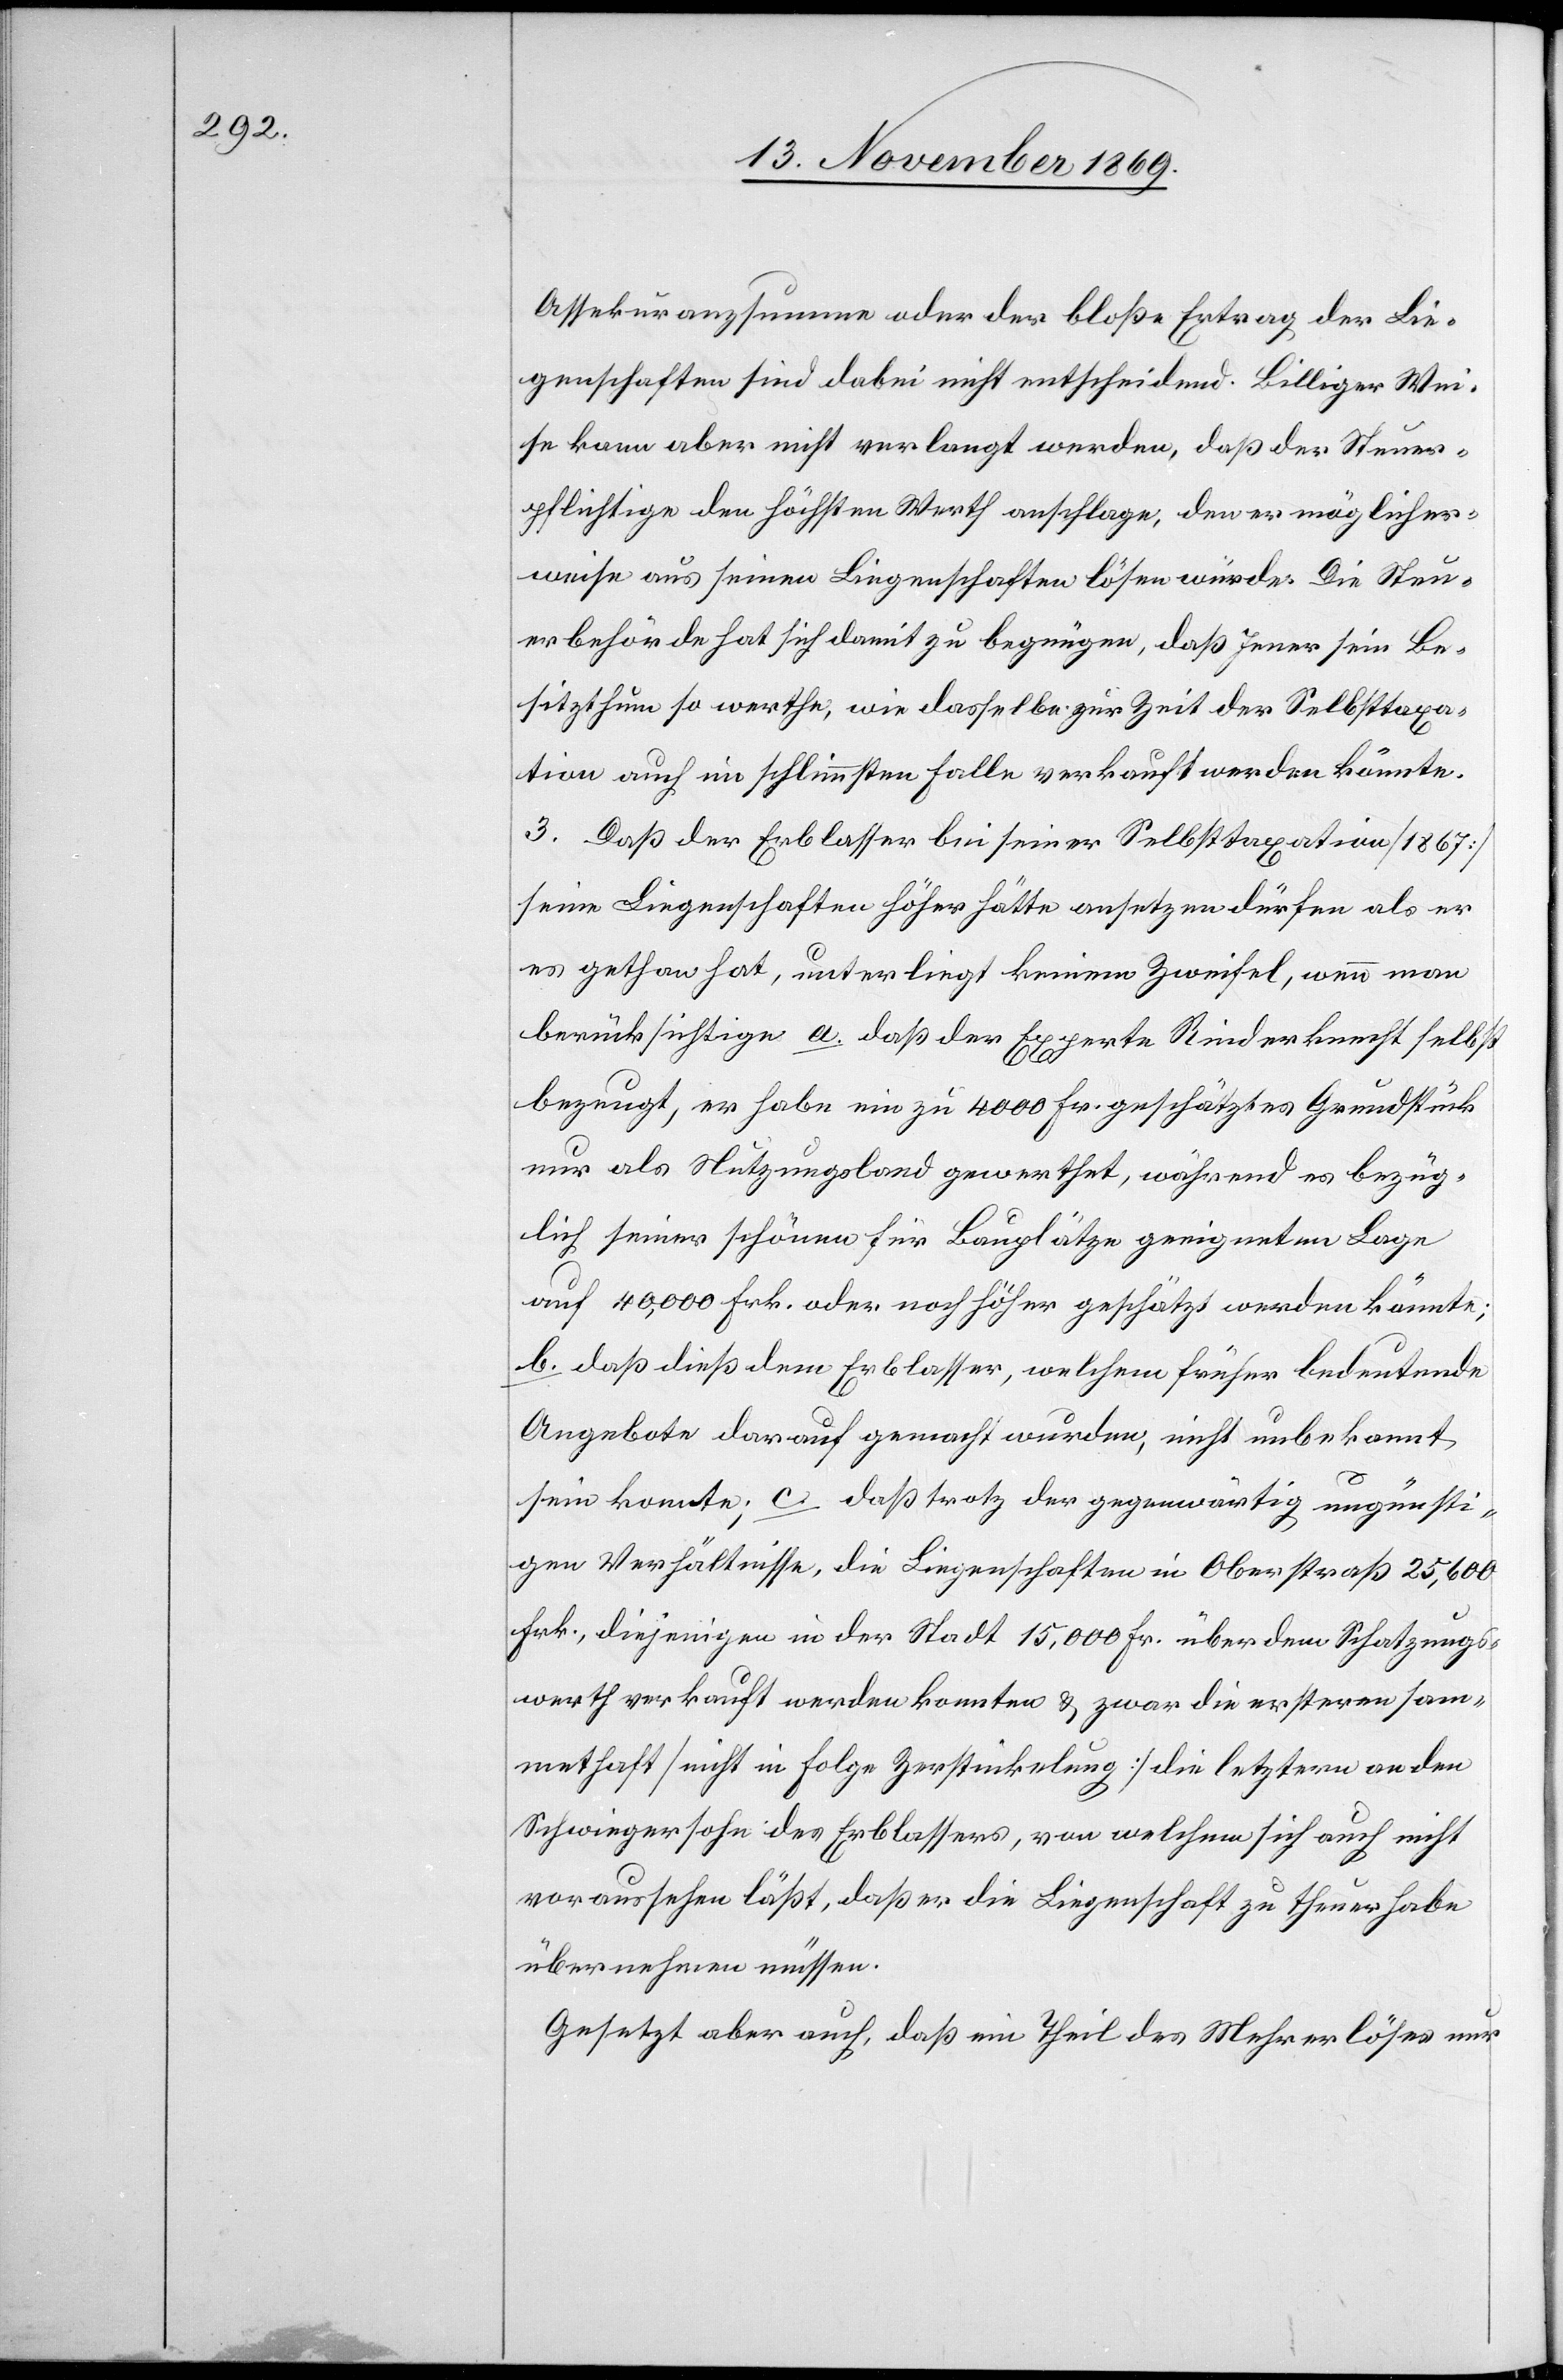
Assekuranzsumme oder der bloße Ertrag der Lie¬
genschaften sind dabei nicht entscheidend. Billiger Wei¬
se kann aber nicht verlangt werden, daß der Steuer¬
pflichtige den höchsten Werth anschlage, den er möglicher¬
weise aus seinen Liegenschaften lösen würde. Die Steu¬
erbehörde hat sich damit zu begnügen, daß Jener sein Be¬
sitzthum so werthe, wie dasselbe zur Zeit der Selbsttaxa¬
tion auch im schlimmsten Falle verkauft werden könnte.
3. Daß der Erblasser bei seiner Selbsttaxation [1867]
seine Liegenschaften höher hätte ansetzen dürfen als er
es gethan hat, unterliegt keinem Zweifel, wenn man
berücksichtige a. daß der Experte Rinderknecht selbst
bezeugt, er habe ein zu 4000 Fr. geschätztes Grundstück
nur als Nutzungsland gewerthet, während es bezüg¬
lich seiner schönen für Bauplätze geeigneten Lage
auf 40,000 Frk. oder noch höher geschätzt werden könnte;
b. daß dieß dem Erblasser, welchem früher bedeutende
Angebote darauf gemacht wurden, nicht unbekannt
sein konnte; c. daß trotz der gegenwärtig ungünsti¬
gen Verhältnisse, die Liegenschaften in Oberstraß 25,600
Frk., diejenigen in der Stadt 15,000 Fr. über dem Schatzungs¬
werth verkauft werden konnten & zwar die ersteren sam¬
methaft [nicht in Folge Zerstückelung] die letztern an den
Schwiegersohn des Erblassers, von welchem sich auch nicht
voraussehen läßt, daß er die Liegenschaft zu theuer habe
übernehmen müssen.
Gesetzt aber auch, daß ein Theil des Mehrerlöses nur